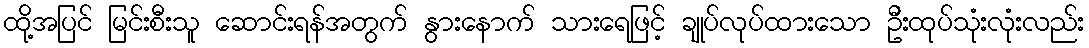
ထို့အပြင် မြင်းစီးသူ ဆောင်းရန်အတွက် နွားနောက် သားရေဖြင့် ချုပ်လုပ်ထားသော ဦးထုပ်သုံးလုံးလည်း